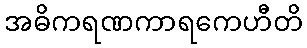
အဓိကရဏကာရကေဟီတိ